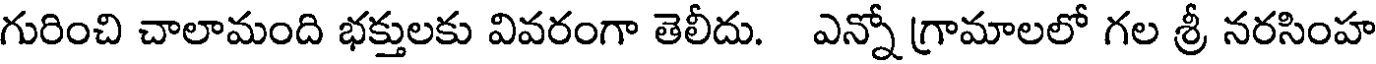
గురించి చాలామంది భక్తులకు వివరంగా తెలీదు. ఎన్నో గ్రామాలలో గల శ్రీ నరసింహ